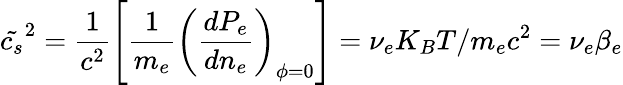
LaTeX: \tilde{c_{s}}^{2}=\frac{1}{c^{2}}\left[\frac{1}{m_{e}}\left(\frac{dP_{e}}{dn_{e}}\right)_{\phi=0}\right]=\nu_{e}K_{B}T/m_{e}c^{2}=\nu_{e}\beta_{e}